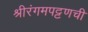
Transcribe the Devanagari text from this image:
श्रीरंगमपट्टणची